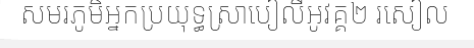
សមរភូមិអ្នកប្រយុទ្ធស្រាបៀលីអូវគ្គ២ រសៀល